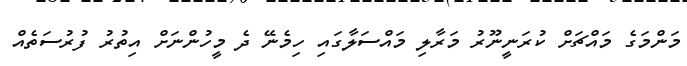
މަންމަގެ މައްޗަށް ކުރަނީނޫރު މަރާލި މައްސަލާގައި ހިމެނޭ ދެ މީހުންނަށް އިތުރު ފުރުސަތެއް